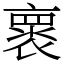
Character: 褱